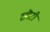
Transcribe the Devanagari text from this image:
छॊटी